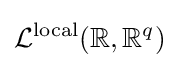
{\mathcal {L}}^{\rm {local}}(\mathbb {R} ,\mathbb {R} ^{q})